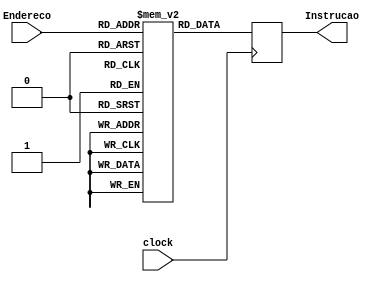
// Banco de Instrues
// Lucas Santos Rodrigues
// Vinicius Ferreira Pinheiro

module BancoInstrucao (
    clock,
    Endereco,
    Instrucao
);

  input wire clock;
  input wire [7:0] Endereco;

  output [7:0] Instrucao;

  reg [7:0] Memoria[255:0];
  reg [7:0] aux;

  always @(negedge clock) begin
    begin
      aux = Memoria[Endereco];
    end
  end

  assign Instrucao = aux;

endmodule